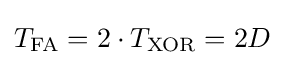
T_{\text{FA}}=2\cdot T_{\text{XOR}}=2D